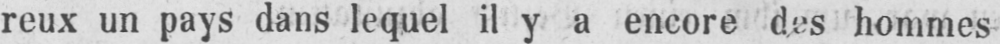
reux un pays dans lequel il y a encore des hommes